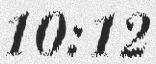
10:12